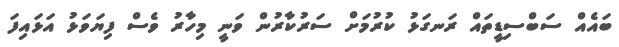
ބައެއް ސަބްސިޑީތައް ރަނގަޅު ކުރުމަށް ސަރުކާރުން ވަނީ މިހާރު ވެސް ފިޔަވަޅު އަޅައިފަ